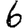
Digit: 6